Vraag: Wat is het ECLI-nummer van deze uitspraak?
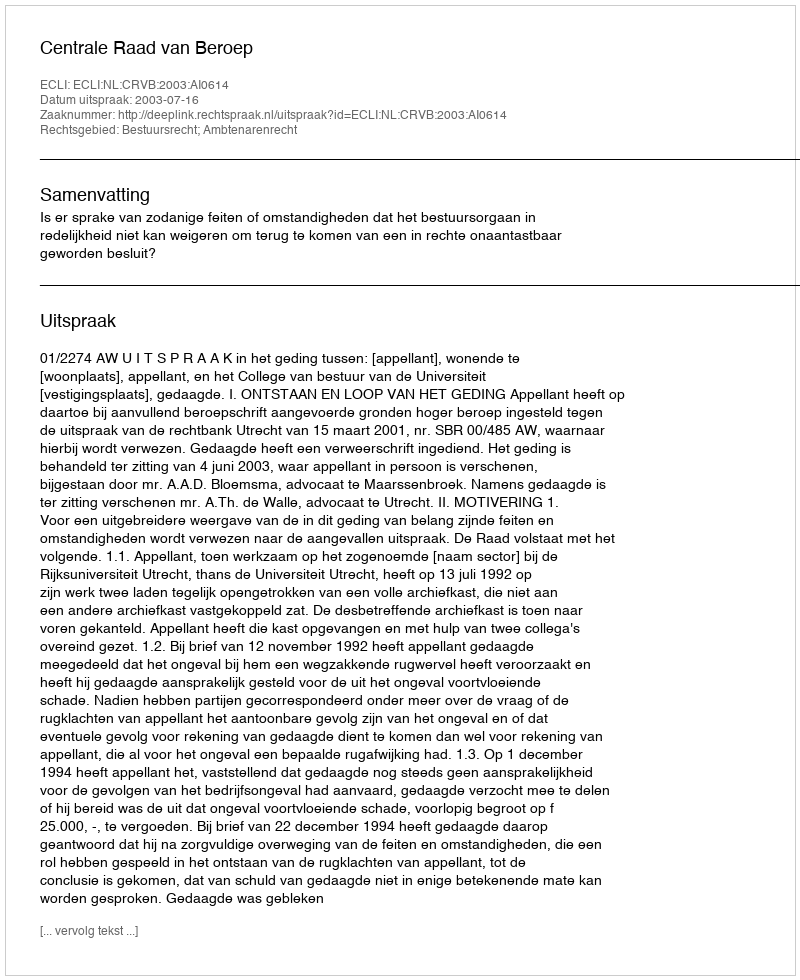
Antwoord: ECLI:NL:CRVB:2003:AI0614